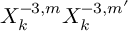
X _ { k } ^ { - 3 , m } X _ { k } ^ { - 3 , m ^ { \prime } }